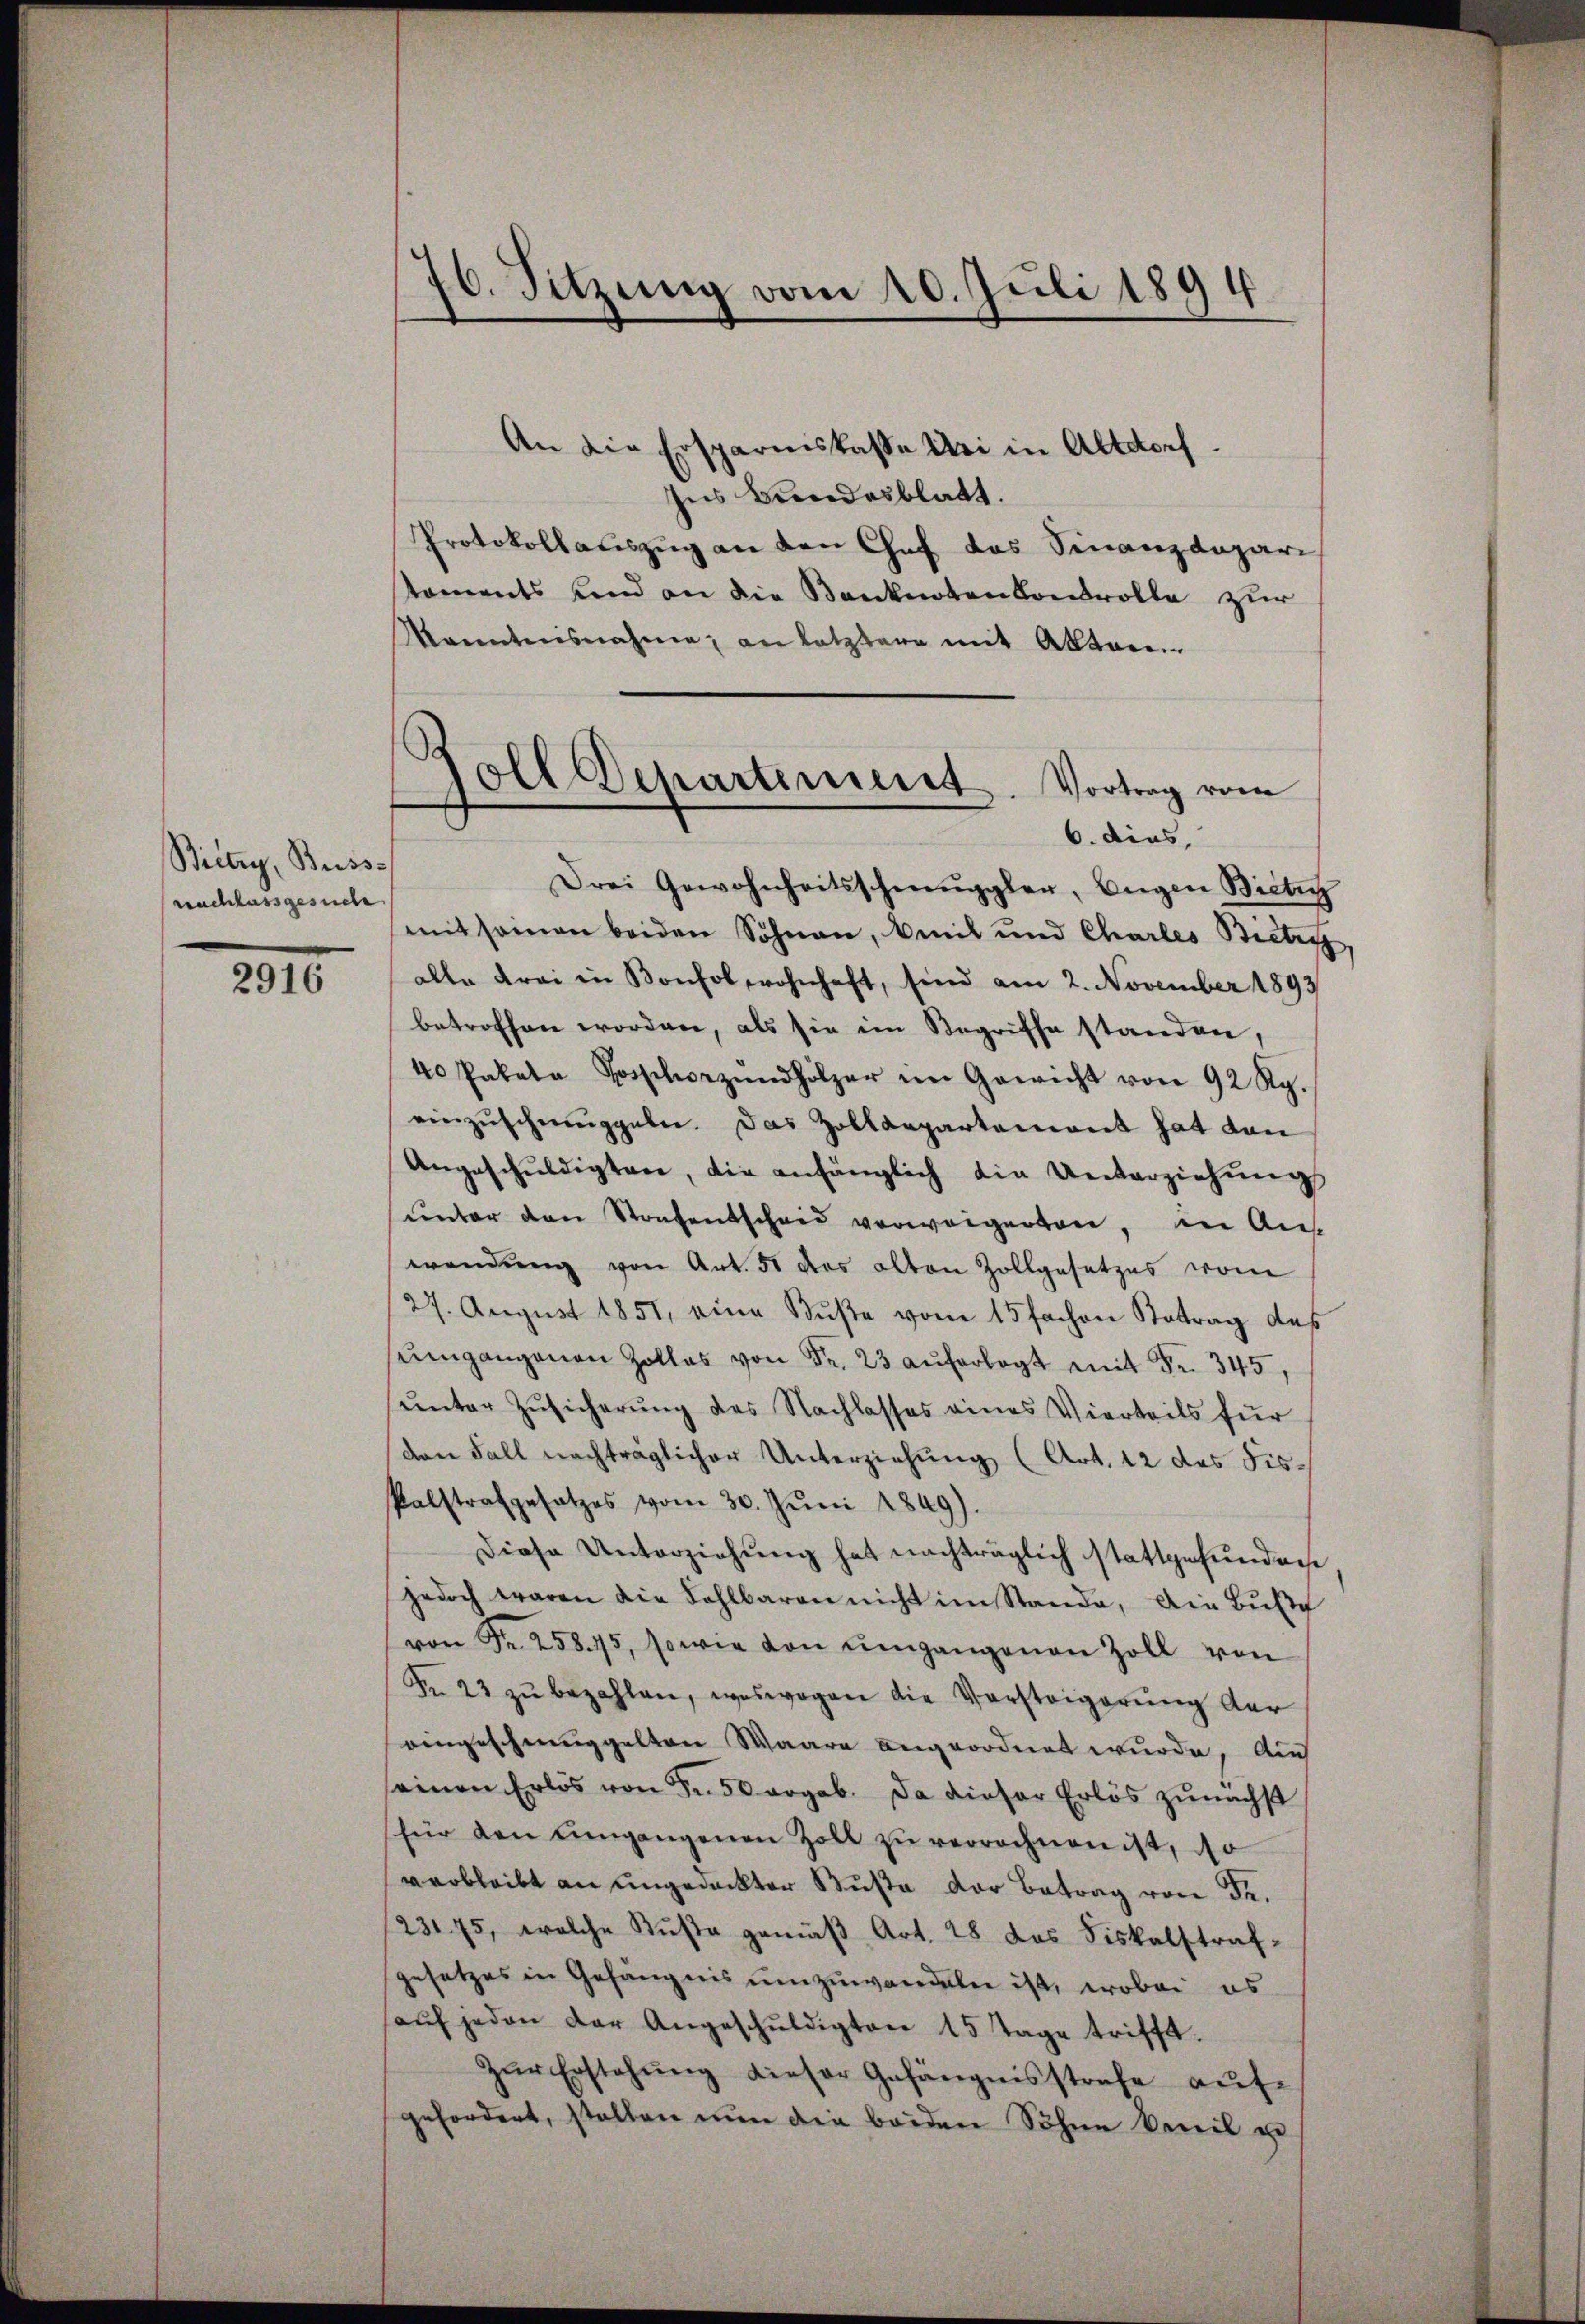
Biltry, Beiss-
nachlassgesuche

2916

70. Sitzung vom 20. Juli 1894
1

An die Ersparniskasse Uri in Altdorf
Ins Bundesblatt.
Protokollauszug an den Chef das Finanzdepari
toments und an die Banknotenkontrolle zur
kanntensnahme an letztere mit Akten.
Drei Gewohnheitsschmeŭggler, Eigen Bieten
mit seinen beiden Söhnen, beit und Chartes Bieter,
alle Frei in Konsol wohnhaft, sind am 2. November 1893
betroffen worden, als sie im Begriffe standen,
40 Pakete Vorschorzŭndhölzer im Gewicht von 92 Rp.
einzuschmuggeln. Das Zolldepartement hat dan
Angeschŭldigten, die anfänglich die Unterziehŭng
ŭnter den Strafentscheid verweigenten, in An
wendŭng von Art. 51 des alten Zollgesetzes vom
27. Aŭgŭst 1851, eine Bŭβe vom 15 fachen Betrag des
ŭmgangenen Zollas von Fr. 23 aŭferlegt mit Fr. 345,
ŭnter Zŭsicherŭng des Nachlasses eines Vierteils für
den Fall nachträglicher Unterziehung (Art. 12 des Fis¬
Palstrafgesetzes vom 30. Jŭni 1849).
Diese Unterziehung hat nachträglich stattgefunden
jedoch waren die Fahlbaren nicht im Stande, die Bŭβe
von Fr. 25845, sowie von ŭmgangenen Zoll von
Fr. 23 zŭ bezahlen, weswegen die Versteigerŭng der
eingeschnung gelten Waare angeordnet wurde. Auch
seinen Erlös von Fr. 50 ergab. Da dieser Erlös zunächst
für den Eingangenen Zoll zŭ verrechnen ist, do
verbleibt an ungedeckter Buße der Betrag von Se.
231. 75, welche Kusta gemäß Art. 28 das Fiskalstrafgesetzes in Gefängnis umzuwardellen ist, wobei es
aŭf jeden der Angeschŭldigten 15 Tage trifft.
Zŭr Erstehŭng dieser Gefängnisstrafe aŭf-
gefordert, stellen nun die beiden Söhne kannt u

s
oll Departement. Vortrag vom
6. dies,